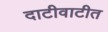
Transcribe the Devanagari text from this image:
दाटीवाटीत